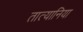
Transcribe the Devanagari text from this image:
तात्यानिया